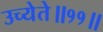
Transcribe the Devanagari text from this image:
उच्येते॥११॥